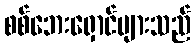
စစ်ဘေးရှောင်များသည်